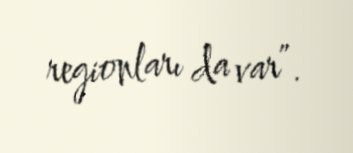
regionları da var”.